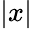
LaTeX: \vert x\vert